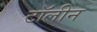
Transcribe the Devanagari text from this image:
टॉलीन